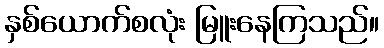
နှစ်ယောက်စလုံး မြူးနေကြသည်။